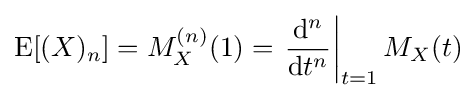
\operatorname {E} [(X)_{n}]=M_{X}^{(n)}(1)=\left.{\frac {\mathrm {d} ^{n}}{\mathrm {d} t^{n}}}\right|_{t=1}M_{X}(t)